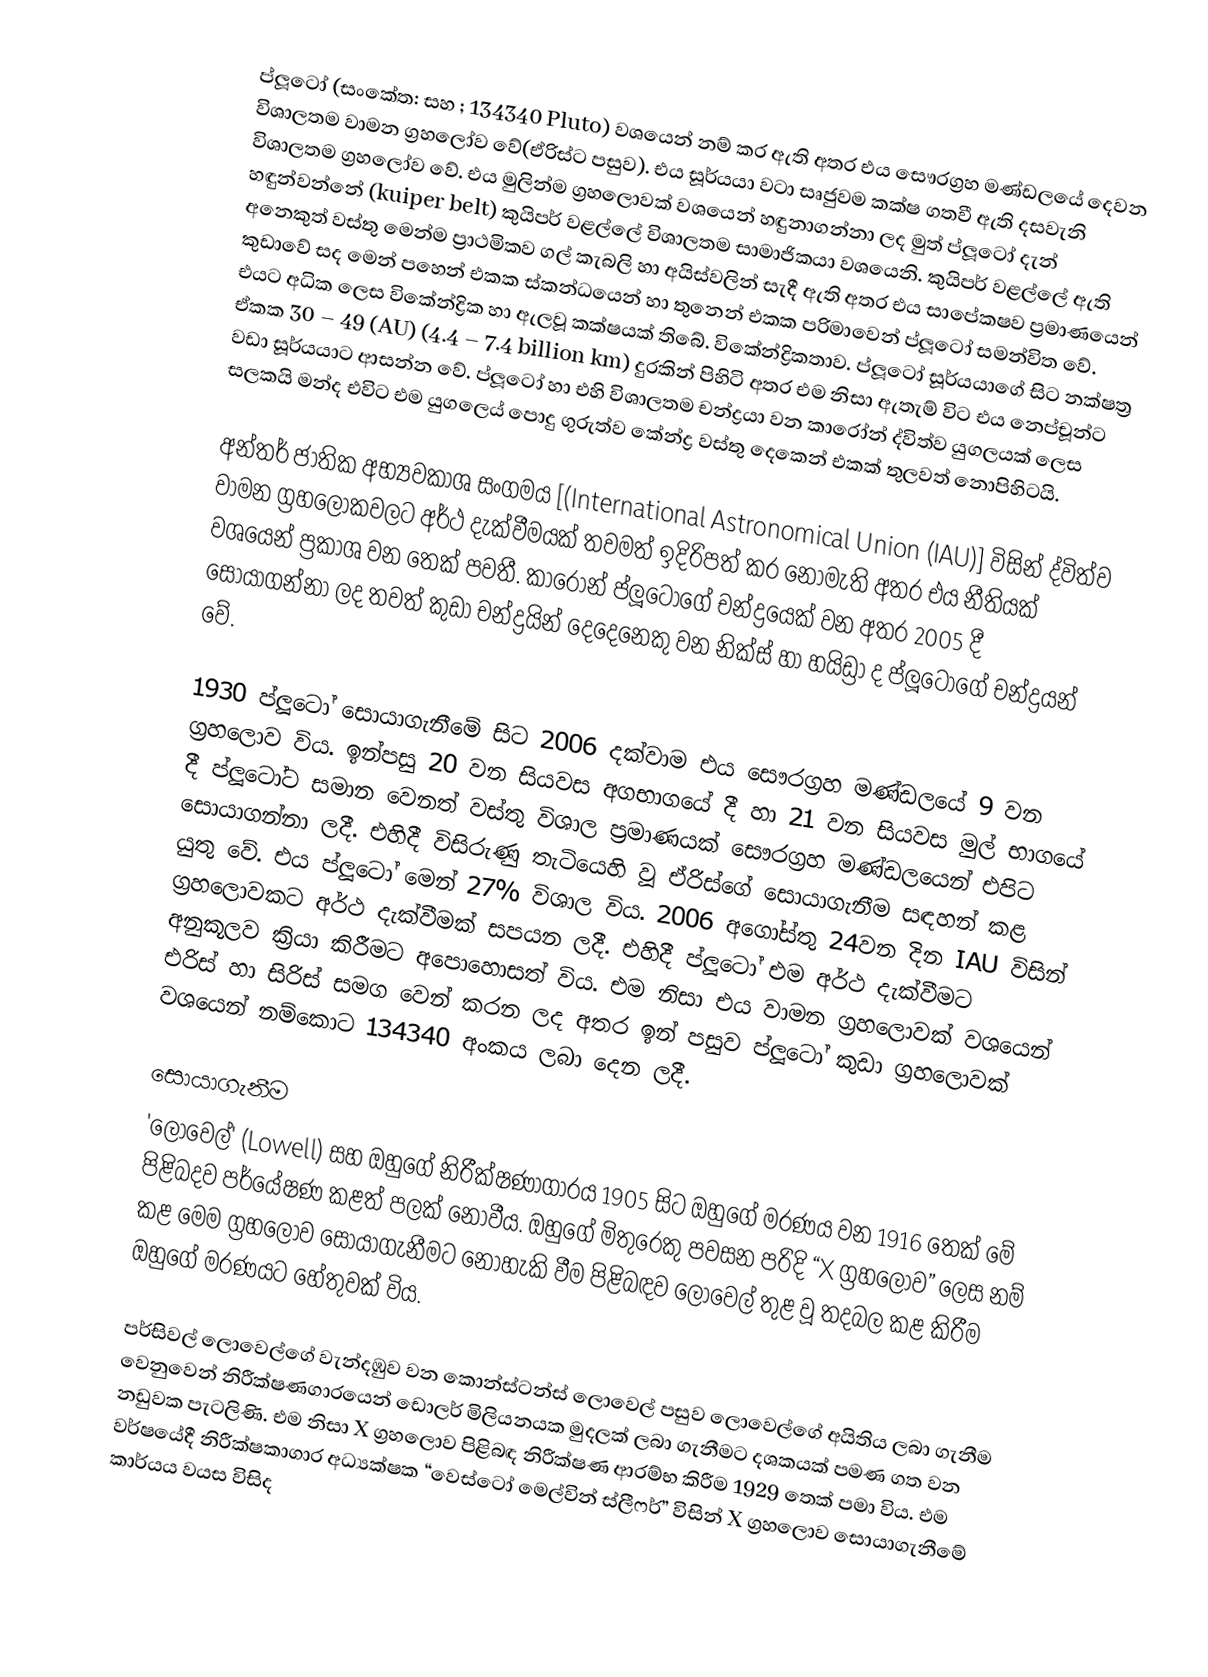
ප්ලූටෝ (සංකේත:  සහ ; 134340 Pluto) වශයෙන් නම් කර ඇති අතර එය සෞරග්‍රහ මණ්ඩලයේ දෙවන විශාලතම වාමන ග්‍රහලෝව වේ(ඒරිස්ට පසුව). එය සූර්යයා වටා සෘජුවම  කක්ෂ ගතවී ඇති දසවැනි විශාලතම ග්‍රහලෝව වේ. එය මුලින්ම ග්‍රහලොවක් වශයෙන් හඳුනාගන්නා ලද මුත් ප්ලූටෝ දැන් හඳුන්වන්නේ (kuiper belt) කුයිපර් වළල්ලේ  විශාලතම සාමාජිකයා වශයෙනි. කුයිපර් වළල්ලේ ඇති අනෙකුත් වස්තු මෙන්ම  ප්‍රාථමිකව ගල් කැබලි හා අයිස්වලින් සැදී ඇති අතර  එය සාපේකෂව ප්‍රමාණයෙන් කුඩාවේ සද මෙන් පහෙන් එකක  ස්කන්ධයෙන් හා තුනෙන් එකක  පරිමාවෙන් ප්ලූටෝ සමන්විත වේ. එයට අධික ලෙස විකේන්ද්‍රික හා ඇලවූ කක්ෂයක් තිබේ. විකේන්ද්‍රිකතාව. ප්ලූටෝ සූර්යයාගේ සිට නක්ෂත්‍ර ඒකක 30 – 49 (AU) (4.4 – 7.4 billion km) දුරකින් පිහිටි අතර එම නිසා  ඇතැම් විට එය  නෙප්චූන්ට වඩා සූර්යයාට ආසන්න වේ. ප්ලූටෝ හා එහි විශාලතම චන්ද්‍රයා වන කාරෝන් ද්විත්ව යුගලයක් ලෙස සලකයි මන්ද එවිට  එම යුගල‍ෙය් පොදු ගුරුත්ව කේන්ද්‍ර වස්තු දෙකෙන් එකක් තුලවත් නොපිහිටයි.

අන්තර් ජාතික අභ්‍යවකාශ සංගමය [(International Astronomical Union (IAU)] විසින් ද්විත්ව වාමන ග්‍රහලෝකවලට අර්ථ දැක්වීමයක් තවමත්  ඉදිරිපත් කර නොමැති අතර  එය නීති‍යක් වශයෙන් ප්‍රකාශ වන ‍තෙක් පවතී. කාරෝන් ප්ලූටෝගේ චන්ද්‍ර‍යෙක් වන අතර 2005 දී සොයාගන්නා ලද තවත් කුඩා චන්ද්‍රයින් දෙ‍දෙනෙකු වන නික්ස් හා හයිඩ්‍රා ද ප්ලූටෝගේ චන්ද්‍රයන්‍ වේ.

1930 ප්ලූටෝ සොයාගැනීමේ සිට 2006 දක්වාම එය සෞරග්‍රහ මණ්ඩලයේ 9 වන ග්‍රහලොව විය. ඉන්පසු 20 වන සියවස අගභාගයේ දී හා 21 වන සියවස මුල් භාගයේ දී ප්ලූටෝට සමාන වෙනත් වස්තු විශාල ප්‍රමාණයක් සෞරග්‍රහ මණ්ඩලයෙන් එපිට සොයාගන්නා  ලදී. එහිදී විසිරුණු තැටියෙහි වූ  ඒරිස්ගේ සොයාගැනීම සඳහන් කළ යුතු වේ. එය ප්ලූටෝ මෙන් 27% විශාල විය. 2006 අගෝස්තු 24වන දින IAU විසින් ග්‍රහලොවකට අර්ථ දැක්වීමක් සපයන ලදී. එහිදී ප්ලූටෝ එම අර්ථ දැක්වීමට අනුකූලව ක්‍රියා කිරීමට අපොහොසත් විය. එම නිසා එය වාමන ග්‍රහලොවක් වශයෙන් එරිස් හා සිරිස් සමග වෙන් කරන ලද අතර ඉන් පසුව ප්ලූටෝ කුඩා ග්‍රහලොවක් වශයෙන් නම්කොට 134340 අංකය ලබා දෙන ලදී.

සොයාගැනීම
'ලොවෙල්' (Lowell) සහ ඔහුගේ නිරීක්ෂණාගාරය 1905 සිට ඔහුගේ මරණය වන 1916 තෙක් මේ පිළිබදව පර්යේෂණ කළත් පලක් නොවීය. ඔහුගේ මිතුරෙකු පවසන පරිදි “X ග්‍රහලොව” ලෙස නම් කළ මෙම ග්‍රහලොව සොයාගැනීමට නොහැකි වීම පිළිබඳව ලොවෙල් තුළ වූ තදබල කළ කිරීම ඔහුගේ මරණයට හේතුවක් විය.

පර්සිවල් ලොවෙල්ගේ වැන්දඹුව වන කොන්ස්ටන්ස් ලොවෙල් පසුව ලොවෙල්ගේ අයිතිය ලබා ගැනීම වෙනුවෙන් නිරීක්ෂණගාරයෙන් ඩොලර් මිලියනයක මුදලක් ලබා ගැනීමට දශකයක් පමණ ගත වන නඩුවක පැටලිණි. එම නිසා X ග්‍රහලොව පිළිබඳ නිරීක්ෂණ ආරම්භ කිරීම 1929 තෙක් පමා විය. එම වර්ෂයේදී නිරීක්ෂකාගාර අධ්‍යක්ෂක “වෙස්ටෝ මෙල්වින් ස්ලීෆර්” විසින් X ග්‍රහලොව සොයාගැනීමේ කාර්යය වයස විසිද